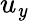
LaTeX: u_{\mathit{y}}